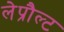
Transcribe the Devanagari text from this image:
लेप्रौल्ट